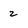
Character: 2